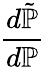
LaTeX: \frac{d{\tilde{\mathbb{P}}}}{d\mathbb{P}}